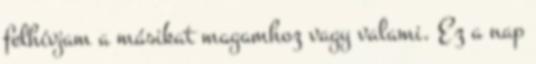
felhívjam a másikat magamhoz vagy valami. Ez a nap